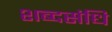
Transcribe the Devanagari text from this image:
शब्दसंधि